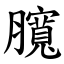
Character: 臗